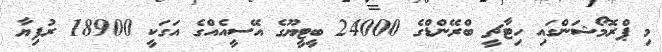
މި ޕްރޮމޯޝަންގައި ހިޓާޗީ ބްރޭންޑްގެ 24000 ބީޓީޔޫގެ އޭސީއެއްގެ އަގަކީ 18900 ރުފިޔާ